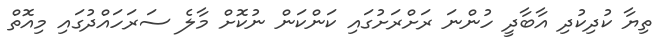
ތިޔާ ކުދިކުދި އާބާދީ ހުންނަ ރަށްރަށުގައި ކަންކަން ނުކޮށް މާލެ ސަރަހައްދުގައި މިއޮތް